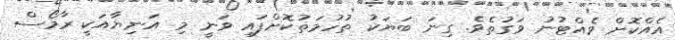
އެއްކޮށް ވެއްޓުނު ވަގުތެވެ. ގިނަ ބަޔަކު ތުހުމަތުކޮށްފައި ވަނީ މި އަނިޔާއަކީ ރާމޯސް